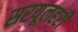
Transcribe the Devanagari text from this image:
सरयूलहरी